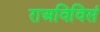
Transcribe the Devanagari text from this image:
राअविविसं